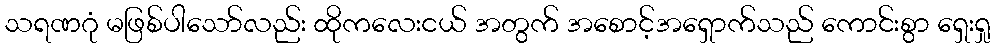
သရဏဂုံ မဖြစ်ပါသော်လည်း ထိုကလေးငယ် အတွက် အစောင့်အရှောက်သည် ကောင်းစွာ ရှေးရှု